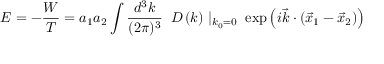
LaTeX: E = - { \frac { W } { T } } = a _ { 1 } a _ { 2 } \int { \frac { d ^ { 3 } k } { ( 2 \pi ) ^ { 3 } } } \; \; D \left( k \right) \mid _ { k _ { 0 } = 0 } \; \exp \left( i { \vec { k } } \cdot \left( { \vec { x } } _ { 1 } - { \vec { x } } _ { 2 } \right) \right)